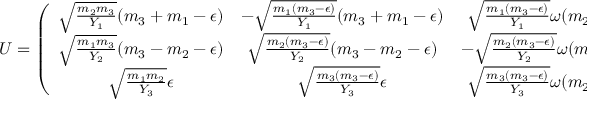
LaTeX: U = \left( \begin{array} { c c c } { { \sqrt { \frac { m _ { 2 } m _ { 3 } } { Y _ { 1 } } } ( m _ { 3 } + m _ { 1 } - \epsilon ) } } & { { - \sqrt { \frac { m _ { 1 } ( m _ { 3 } - \epsilon ) } { Y _ { 1 } } } ( m _ { 3 } + m _ { 1 } - \epsilon ) } } & { { \sqrt { \frac { m _ { 1 } ( m _ { 3 } - \epsilon ) } { Y _ { 1 } } } \omega ( m _ { 2 } - m _ { 1 } + \epsilon ) } } \\ { { \sqrt { \frac { m _ { 1 } m _ { 3 } } { Y _ { 2 } } } ( m _ { 3 } - m _ { 2 } - \epsilon ) } } & { { \sqrt { \frac { m _ { 2 } ( m _ { 3 } - \epsilon ) } { Y _ { 2 } } } ( m _ { 3 } - m _ { 2 } - \epsilon ) } } & { { - \sqrt { \frac { m _ { 2 } ( m _ { 3 } - \epsilon ) } { Y _ { 2 } } } \omega ( m _ { 2 } - m _ { 1 } + \epsilon ) } } \\ { { \sqrt { \frac { m _ { 1 } m _ { 2 } } { Y _ { 3 } } } \epsilon } } & { { \sqrt { \frac { m _ { 3 } ( m _ { 3 } - \epsilon ) } { Y _ { 3 } } } \epsilon } } & { { \sqrt { \frac { m _ { 3 } ( m _ { 3 } - \epsilon ) } { Y _ { 3 } } } \omega ( m _ { 2 } - m _ { 1 } + \epsilon ) } } \end{array} \right) ,